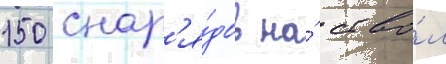
150 снар'я́дов на́ ство́л